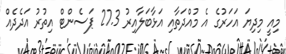
މިއީ މިދިޔަ އަހަރުގެ އެ މުއްދަތާއި އަޅާބަލާއިރު 27.3 ޕަސެންޓް އިތުރު އަދެދެއް